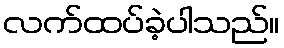
လက်ထပ်ခဲ့ပါသည်။